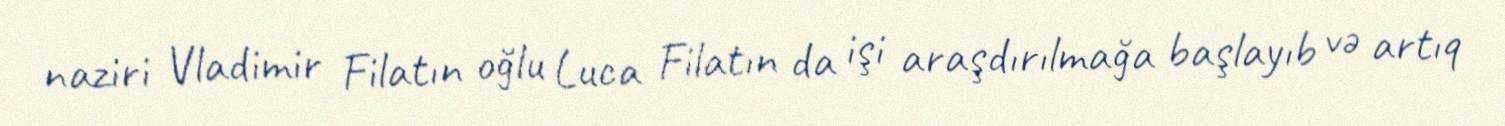
naziri Vladimir Filatın oğlu Luca Filatın da işi araşdırılmağa başlayıb və artıq